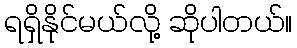
ရရှိနိုင်မယ်လို့ ဆိုပါတယ်။